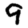
Digit: 9